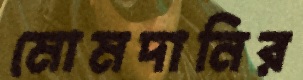
মোমদানির